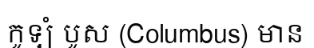
កូឡំ បូស (Columbus) មាន